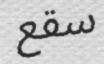
سقع